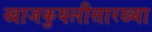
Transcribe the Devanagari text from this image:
खाजकुयलीसारख्या